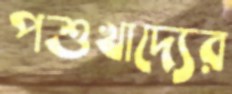
পশুখাদ্যের